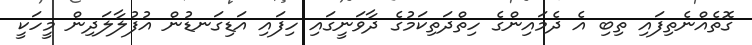
ގޮތެއްނެތިފައި ތިބި އެ ދެމައިންގެ ހިތްދަތިކަމުގެ ދާވަނީގައި ހިފައި އަޑިގަނޑުން އުފުލާލަދިން މީހަކީ